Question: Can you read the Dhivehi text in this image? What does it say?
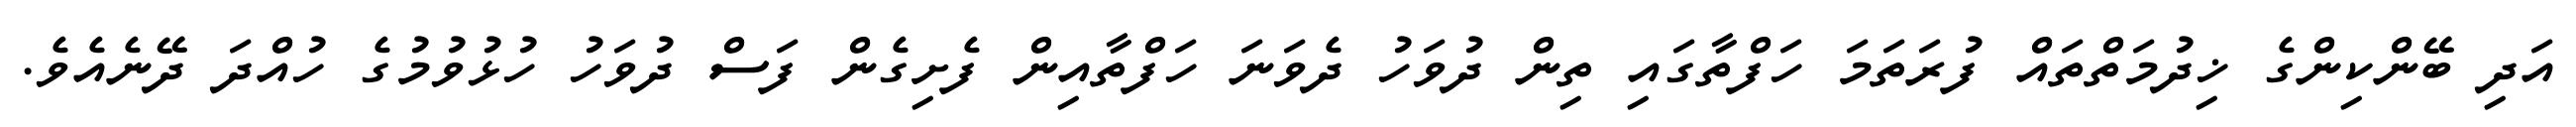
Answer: އަދި ބޭންކިންގެ ޚިދުމަތްތައް ފުރަތަމަ ހަފްތާގައި ތިން ދުވަހު ދެވަނަ ހަފްތާއިން ފެށިގެން ފަސް ދުވަހު ހުޅުވުމުގެ ހުއްދަ ދޭނެއެވެ.